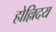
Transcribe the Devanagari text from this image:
होल्लिदय